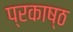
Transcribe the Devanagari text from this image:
प्रकाष्ठ